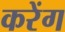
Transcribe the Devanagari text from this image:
करेंग